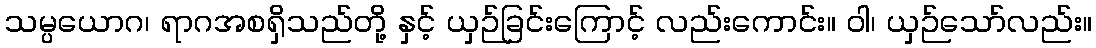
သမ္ပယောဂ၊ ရာဂအစရှိသည်တို့ နှင့် ယှဉ်ခြင်းကြောင့် လည်းကောင်း။ ဝါ၊ ယှဉ်သော်လည်း။